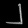
Digit: ၂